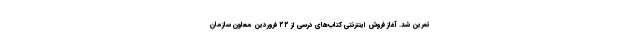
تمرین شد. آغاز فروش اینترنتی کتاب‌های درسی از ۲۲ فروردین معاون سازمان